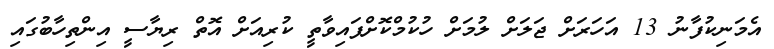
އެމަނިކުފާނު 13 އަހަރަށް ޖަލަށް ލުމަށް ހުކުމްކޮށްފައިވާތީ ކުރިއަށް އޮތް ރިޔާސީ އިންތިހާބުގައި